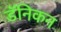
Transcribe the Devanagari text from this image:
डॅनिकन